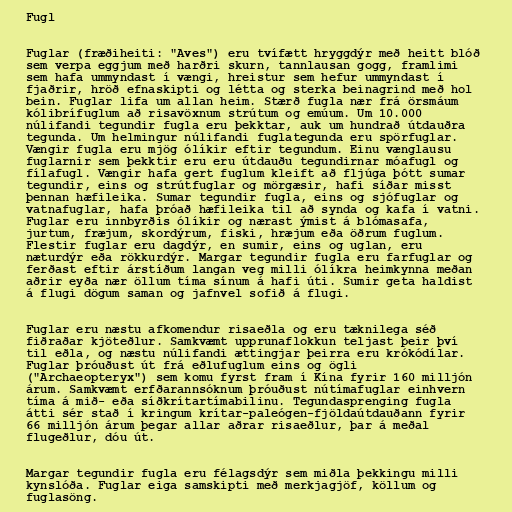
Fugl

Fuglar (fræðiheiti: "Aves") eru tvífætt hryggdýr með heitt blóð
sem verpa eggjum með harðri skurn, tannlausan gogg, framlimi
sem hafa ummyndast í vængi, hreistur sem hefur ummyndast í
fjaðrir, hröð efnaskipti og létta og sterka beinagrind með hol
bein. Fuglar lifa um allan heim. Stærð fugla nær frá örsmáum
kólibrífuglum að risavöxnum strútum og emúum. Um 10.000
núlifandi tegundir fugla eru þekktar, auk um hundrað útdauðra
tegunda. Um helmingur núlifandi fuglategunda eru spörfuglar.
Vængir fugla eru mjög ólíkir eftir tegundum. Einu vænglausu
fuglarnir sem þekktir eru eru útdauðu tegundirnar móafugl og
fílafugl. Vængir hafa gert fuglum kleift að fljúga þótt sumar
tegundir, eins og strútfuglar og mörgæsir, hafi síðar misst
þennan hæfileika. Sumar tegundir fugla, eins og sjófuglar og
vatnafuglar, hafa þróað hæfileika til að synda og kafa í vatni.
Fuglar eru innbyrðis ólíkir og nærast ýmist á blómasafa,
jurtum, fræjum, skordýrum, fiski, hræjum eða öðrum fuglum.
Flestir fuglar eru dagdýr, en sumir, eins og uglan, eru
næturdýr eða rökkurdýr. Margar tegundir fugla eru farfuglar og
ferðast eftir árstíðum langan veg milli ólíkra heimkynna meðan
aðrir eyða nær öllum tíma sínum á hafi úti. Sumir geta haldist
á flugi dögum saman og jafnvel sofið á flugi.

Fuglar eru næstu afkomendur risaeðla og eru tæknilega séð
fiðraðar kjöteðlur. Samkvæmt upprunaflokkun teljast þeir því
til eðla, og næstu núlifandi ættingjar þeirra eru krókódílar.
Fuglar þróuðust út frá eðlufuglum eins og ögli
("Archaeopteryx") sem komu fyrst fram í Kína fyrir 160 milljón
árum. Samkvæmt erfðarannsóknum þróuðust nútímafuglar einhvern
tíma á mið- eða síðkrítartímabilinu. Tegundasprenging fugla
átti sér stað í kringum krítar-paleógen-fjöldaútdauðann fyrir
66 milljón árum þegar allar aðrar risaeðlur, þar á meðal
flugeðlur, dóu út.

Margar tegundir fugla eru félagsdýr sem miðla þekkingu milli
kynslóða. Fuglar eiga samskipti með merkjagjöf, köllum og
fuglasöng.